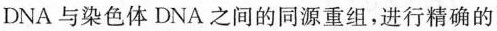
DNA与染色体DNA之间的同源重组，进行精确的